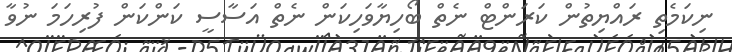
ނިކަމެތި ރައްޔިތުން ކަރަންޓް ނެތް ބޯހިޔާވަހިކަން ނެތް އަސާސީ ކަންކަން ފުރިހަމަ ނުވާ